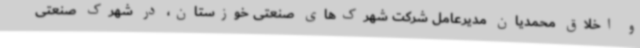
و اخلاق محمدیان مدیرعامل شرکت شهرک‌های صنعتی خوزستان، در شهرک صنعتی